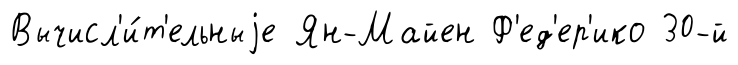
Вычисл'и́т'ельныjе Ян-Майен Ф'ед'ер'ико 30-й